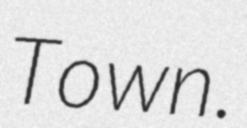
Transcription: Town.